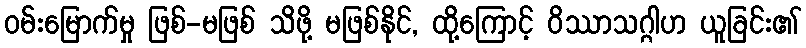
ဝမ်းမြောက်မှု ဖြစ်-မဖြစ် သိဖို့ မဖြစ်နိုင်, ထို့ကြောင့် ဝိဿာသဂ္ဂါဟ ယူခြင်း၏